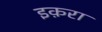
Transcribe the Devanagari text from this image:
इक़रा